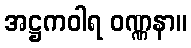
အဋ္ဌကဝါရ ဝဏ္ဏနာ။